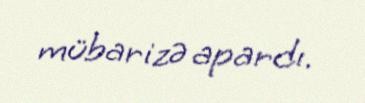
mübarizə apardı.